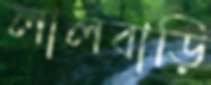
লালবাড়ি